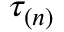
\tau _ { ( n ) }